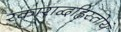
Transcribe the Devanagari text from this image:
रकाराद्वह्निस्तोयं